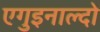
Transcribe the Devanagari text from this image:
एगुइनाल्दो